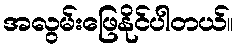
အလွမ်းဖြေနိုင်ပါတယ်။